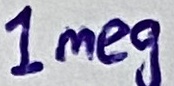
Text: 1meg